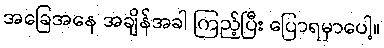
အခြေအနေ အချိန်အခါ ကြည့်ပြီး ပြောရမှာပေါ့။